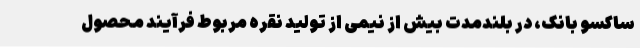
ساکسو بانک، در بلندمدت بیش از نیمی از تولید نقره مربوط فرآیند محصول